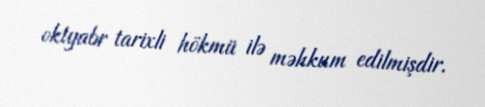
oktyabr tarixli hökmü ilə məhkum edilmişdir.